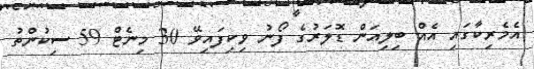
އެމެރިކާގައި އެއް ބިލިއަން ޑޮލަރުގެ ފޯނު ވިކިފައިވޭ 30 މިނެޓް 59 ސިކުންތު